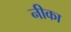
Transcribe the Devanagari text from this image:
नीका